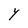
Character: Y